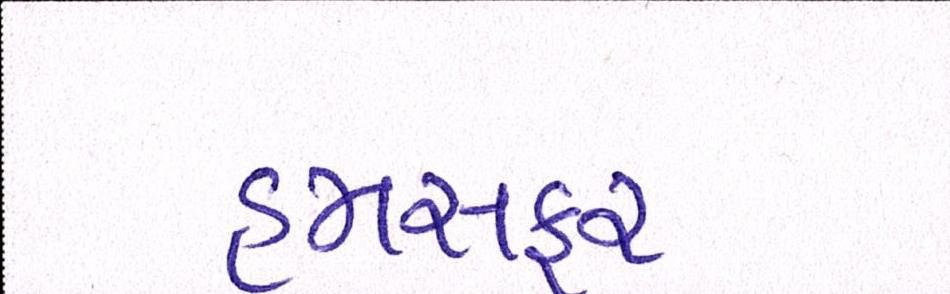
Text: હમસફર